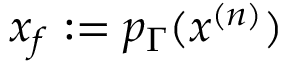
x _ { f } : = p _ { \Gamma } ( x ^ { ( n ) } )